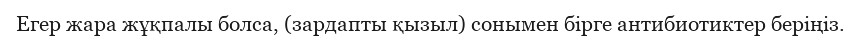
Егер жара жұқпалы болса, (зардапты қызыл) сонымен бірге антибиотиктер беріңіз.